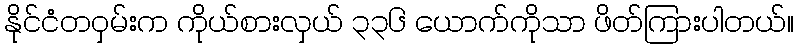
နိုင်ငံတဝှမ်းက ကိုယ်စားလှယ် ၃၃၆ ယောက်ကိုသာ ဖိတ်ကြားပါတယ်။